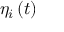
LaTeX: \eta _ { i } \left( t \right)